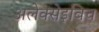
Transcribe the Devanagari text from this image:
अलेक्सेइविच